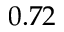
0 . 7 2